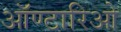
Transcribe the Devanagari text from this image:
ऑण्टारिओ